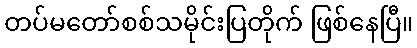
တပ်မတော်စစ်သမိုင်းပြတိုက် ဖြစ်နေပြီ။